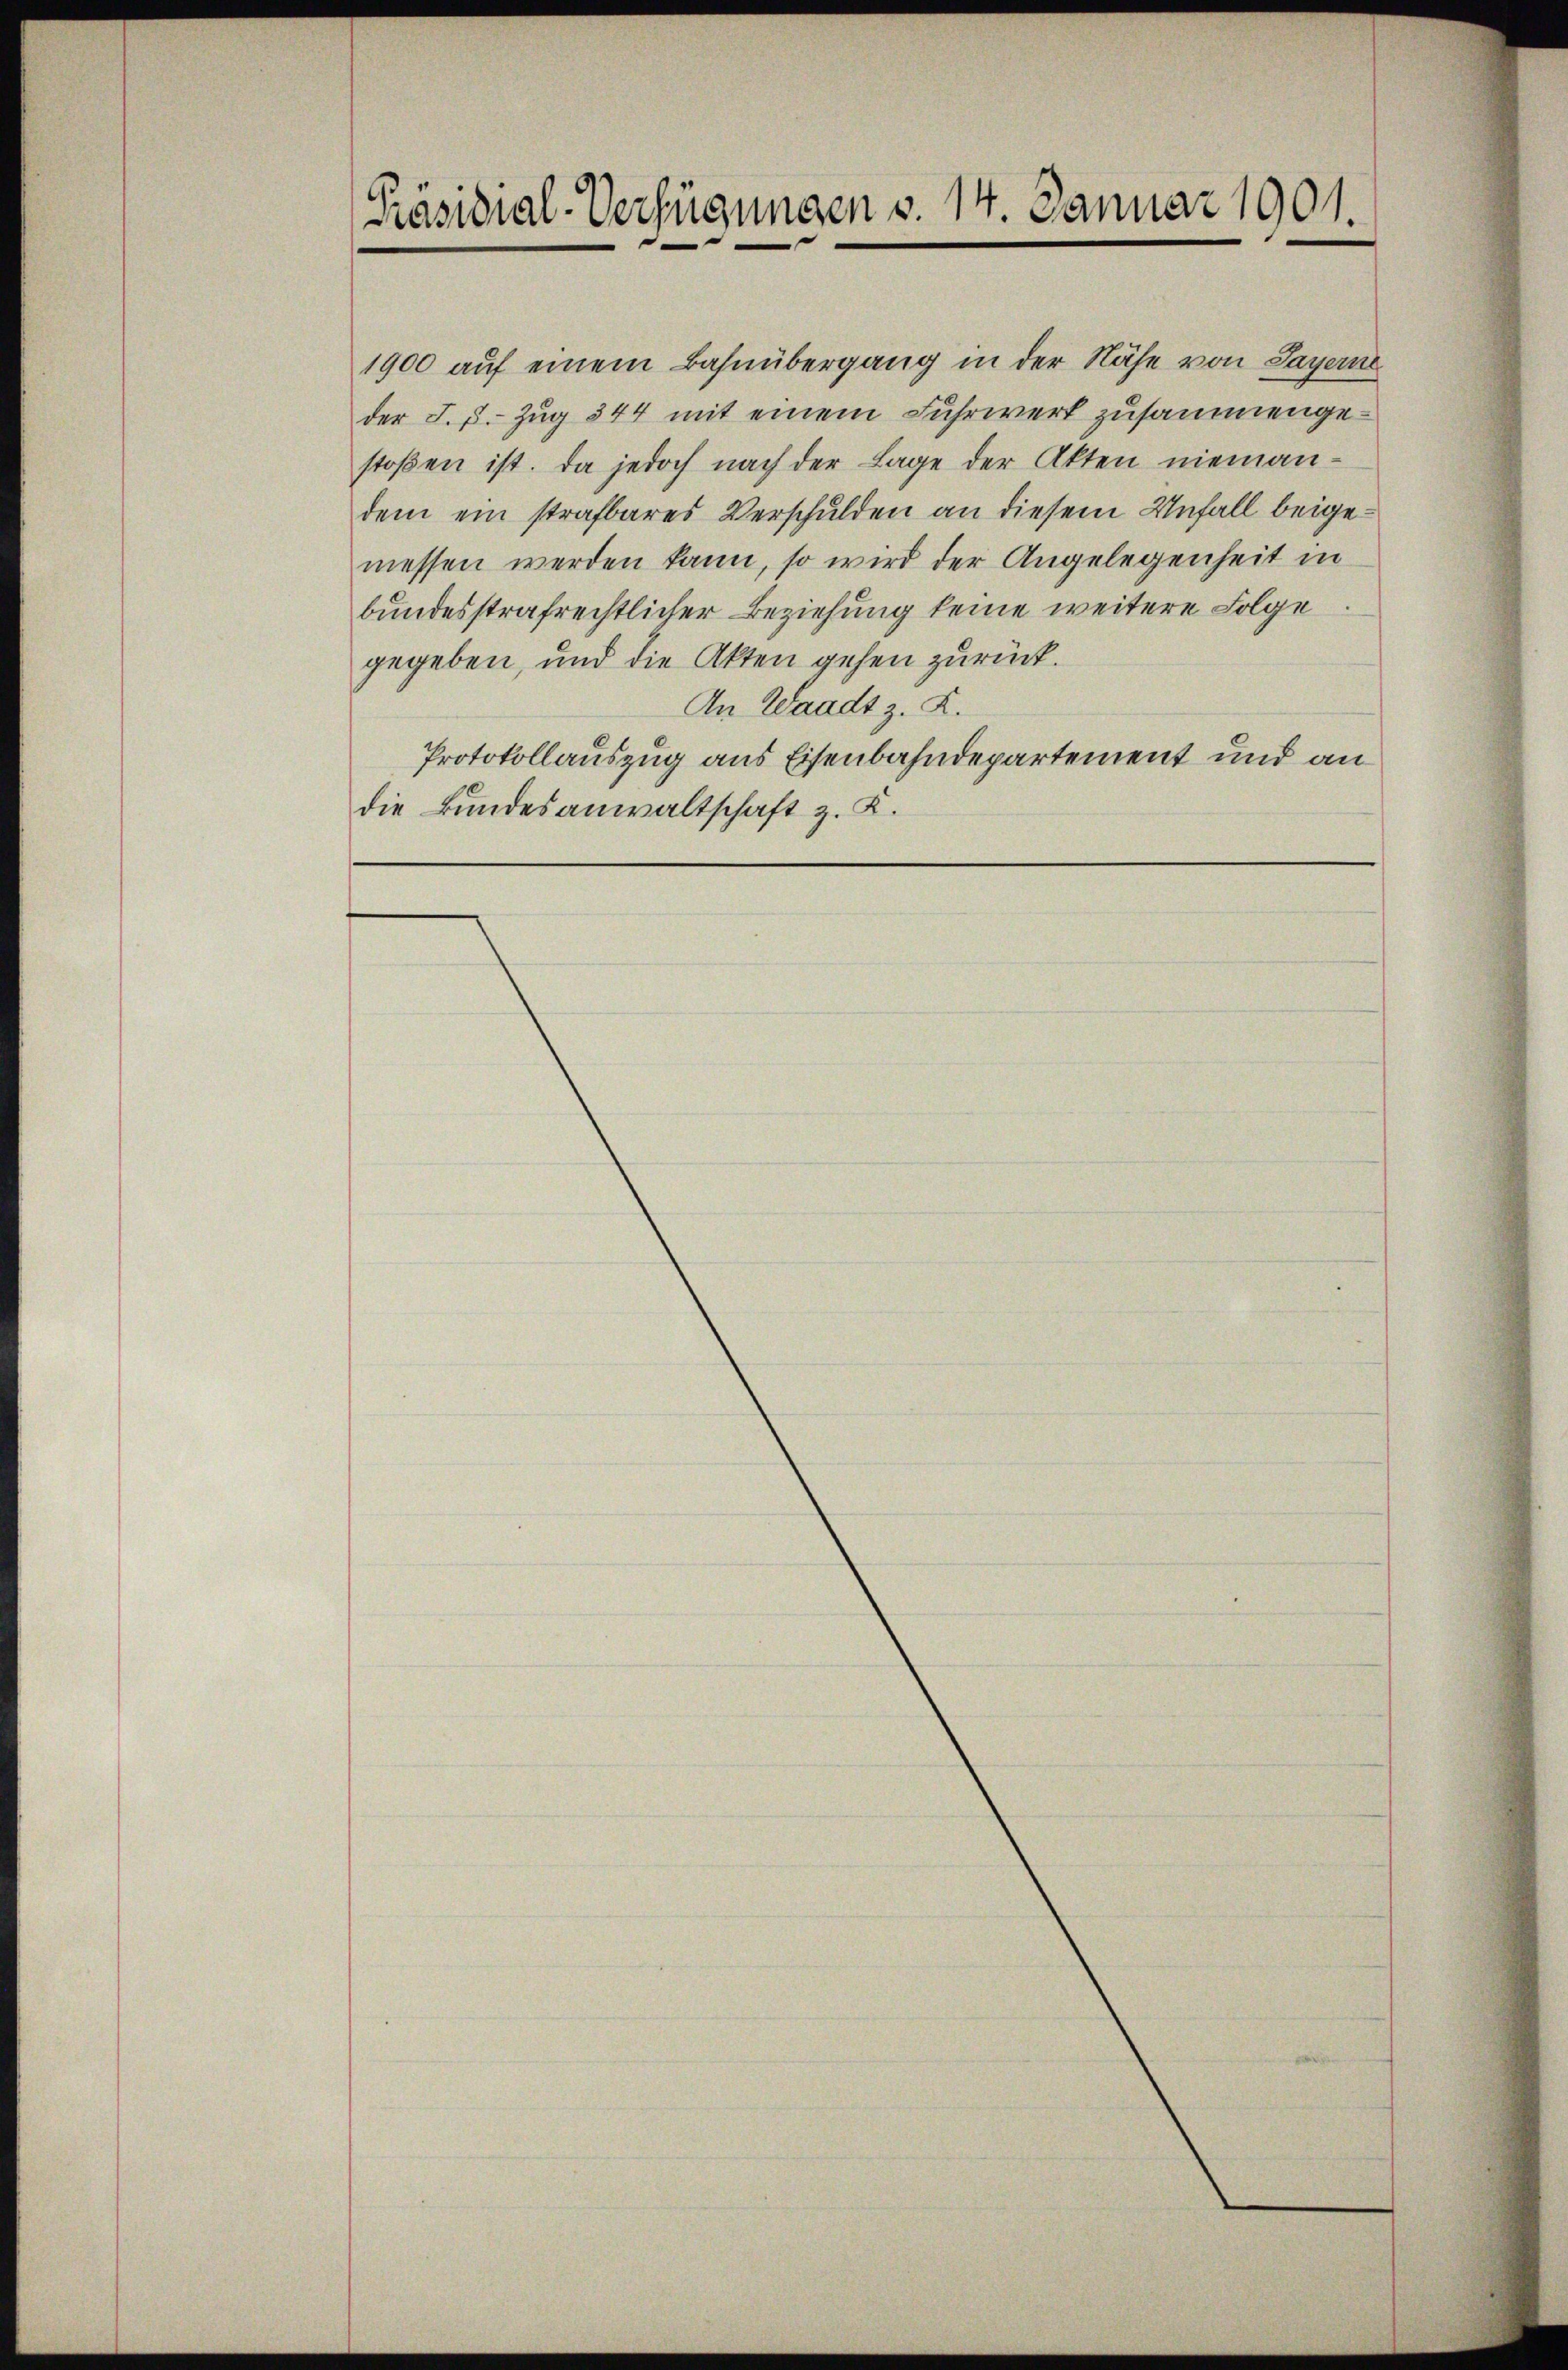
[Präsidial-Verfügungen v. 14. Januar 1901.

1900 auf einem Bahnübergang in der Nähe von Payern
der J. J. Zug 344 mit einem Fuhrwerk zusammengestoβen ist. Da jedoch nach der Lage der Akten nieman-
dem ein strafbares Verschulden an diesem Unfall beigemessen werden kann, so wird der Angelegenheit in
bundesstrafrechtlicher Beziehung keine weitere Folge
gegeben, und die Akten gehen zurück.
An Waadt z. K.
Protokollauszug aus Eisenbahndepartement und an
die Bundesanwaltschaft z. K.